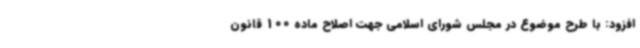
افزود: با طرح موضوع در مجلس شورای اسلامی جهت اصلاح ماده 100 قانون